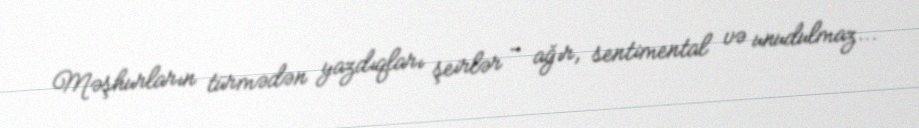
Məşhurların türmədən yazdıqları şeirlər - ağır, sentimental və unudulmaz...